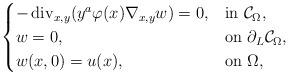
LaTeX: \begin{align*}\begin{cases}-\operatorname{div}_{x,y}(y^a\varphi(x)\nabla_{x,y}w)=0,&\hbox{in}~\mathcal{C}_{\Omega},\\w=0, & \hbox{on}~\partial_{L}\mathcal{C}_{\Omega},\\w(x,0)=u(x), & \hbox{on}~\Omega,\end{cases}\end{align*}